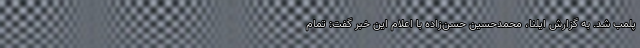
پلمب شد. به گزارش ایلنا، محمدحسین حسن‌زاده با اعلام این خبر گفت: تمام